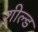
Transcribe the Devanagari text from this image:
शील्‍ड